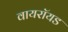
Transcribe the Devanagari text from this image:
वायरॉयड